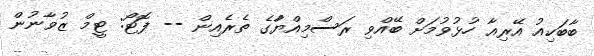
ބާބަކިއު އޭރިއާ ހުޅުވުމަށް ބޭއްވި ރަސްމިއްޔާުގެ ތެރެއިން -- ފޮޓޯ: ޓީމް ޒުވާނުން